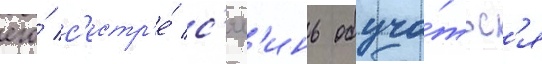
его́ с'естр'е́ с'ял'инь обуча́тьс'я